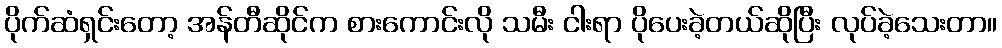
ပိုက်ဆံရှင်းတော့ အန်တီဆိုင်က စားကောင်းလို သမီး ငါးရာ ပိုပေးခဲ့တယ်ဆိုပြီး လုပ်ခဲ့သေးတာ။